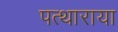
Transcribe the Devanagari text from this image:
पत्थाराया